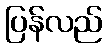
ပြန်လည်